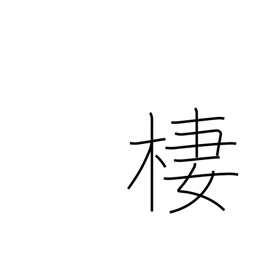
Meaning: dwell